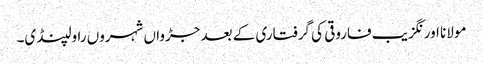
مولانا اورنگزیب فاروقی کی گرفتاری کے بعد جڑواں شہروں راولپنڈی۔